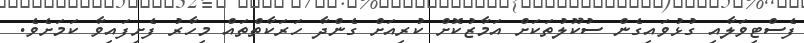
ފެސްޓިވަލާއި ގުޅުވައިގެން ސުކޫލުތަކަށް އަމާޒުކޮށް ކުރިއަށް ގެންދާ ހަރަކާތްތައް މިހާރު ފެށިފައިވާ ކަމަށެވެ.